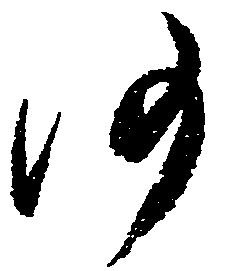
沙